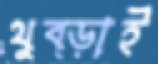
থুব্‌ড়াই